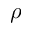
\rho